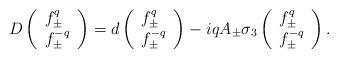
LaTeX: \begin{align*}D \left( \begin{array}{l} f^q_\pm \\ f^{-q}_\pm \end{array}\right)= d \left( \begin{array}{l} f^q_\pm \\ f^{-q}_\pm \end{array}\right)- i q A_\pm \sigma_3\left( \begin{array}{l} f^q_\pm \\ f^{-q}_\pm \end{array}\right).\end{align*}